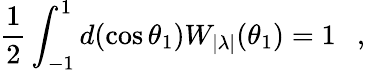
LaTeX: {\frac{1}{2}}\int_{-1}^{1}d(\cos\theta_{1})W_{|\lambda|}(\theta_{1})=1~~~,